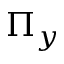
\Pi _ { y }